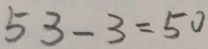
5 3 - 3 = 5 0